Code of medical and sanitary regulations for the guidance of medical officers serving in the Madras Presidency - Volume II
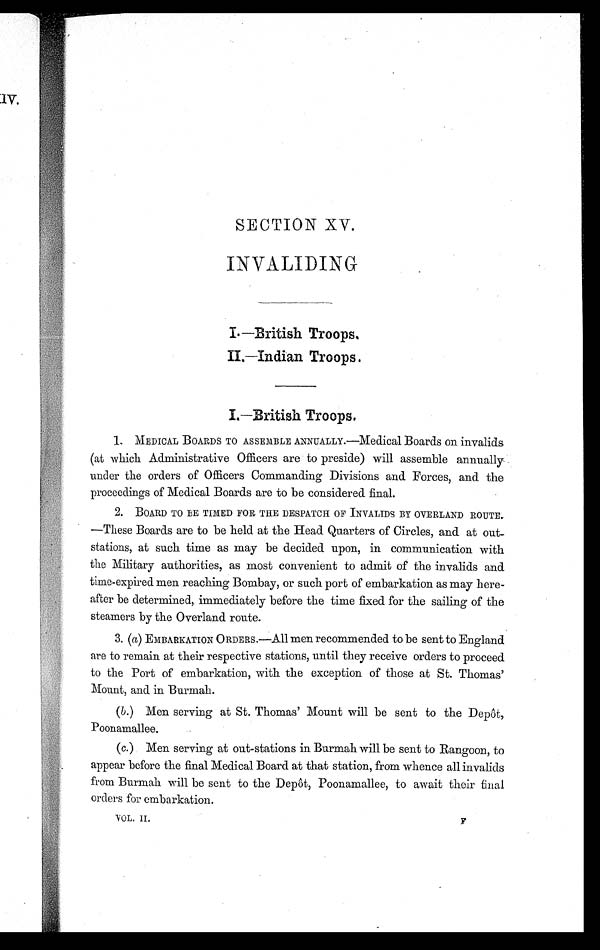
SECTION XV.
INVALIDING
I.—British Troops.
II.—Indian Troops.
I.—British Troops.
1 . M E D I C A L B O A R D S T OA
S S E M B L E
A N N U A L L Y . — M e d i c a l B o a r d s o n i n v a l i d s
(at which Administrative Officers are to preside) will assemble annually
under the orders of Officers Commanding Divisions and Forces, and the
proceedings of Medical Boards are to be considered final.
2. BOARD TO BE TIMED FOR THE DESPATCH OF INVALIDS BY OVERLAND ROUTE.
—These Boards are to be held at the Head Quarters of Circles, and at out-
stations, at such time as may be decided upon, in communication with
the Military authorities, as most convenient to admit of the invalids and
time-expired men reaching Bombay, or such port of embarkation as may here-
after be determined, immediately before the time fixed for the sailing of the
steamers by the Overland route.
3. (a) EMBARKATION ORDERS.—All men recommended to be sent to England
are to remain at their respective stations, until they receive orders to proceed
to the Port of embarkation, with the exception of those at St. Thomas'
Mount, and in Burmah.
(b.) Men serving at St. Thomas' Mount will be sent to the Depôt,
Poonamallee.
Men serving at out-stations in Burmah will be sent to Rangoon, to
appear before the final Medical Board at that station, from whence all invalids
from Burmah will be sent to the Depôt, Poonamallee, to await their final
orders for embarkation.
VOL. II.